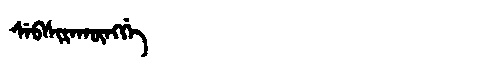
Manchu: ᠰᡝᠪᠰᡳᡵᠠᡴᡡᠩᡤᡝ
Romanization: SEBSIRAKŪNGGE